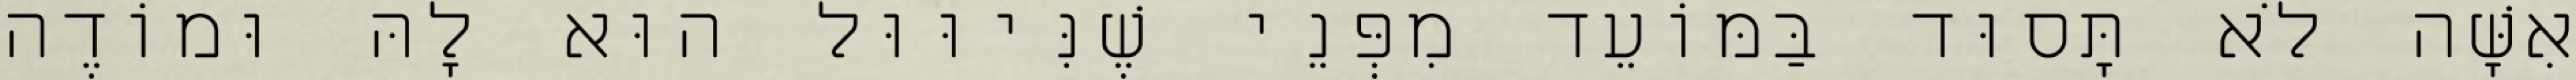
אִשָּׁה לֹא תָּסוּד בַּמּוֹעֵד מִפְּנֵי שֶׁנִּיוּוּל הוּא לָהּ וּמוֹדֶה